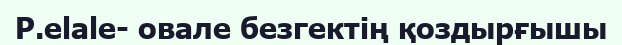
P.elale- овале безгектің қоздырғышы